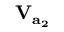
\bf V _ { a _ { 2 } }